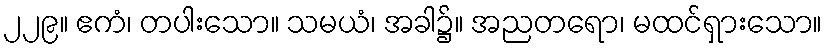
၂၂၉။ ဧကံ၊ တပါးသော။ သမယံ၊ အခါ၌။ အညတရော၊ မထင်ရှားသော။